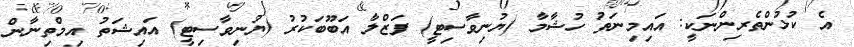
އެ ކުޅުންތެރިންނަކީ: އައިމިނަތު ހުޝާމާ (ޔުނިވާސިޓީ) ފަޒްލާ އަބޫބަކުރު (ޔުނިވާސިޓީ) އައިޝަތު އިމްތިނާން